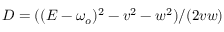
D = ( ( E - \omega _ { o } ) ^ { 2 } - v ^ { 2 } - w ^ { 2 } ) / ( 2 v w )